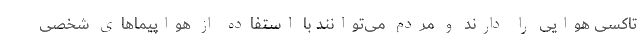
تاکسی هوایی را دارند و مردم می‌توانند با استفاده از هواپیما‌های شخصی